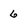
Character: 6